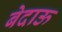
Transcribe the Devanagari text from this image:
बेदाऊ